Indian journal of veterinary science and animal husbandry - Volume 11,
Year: 1941
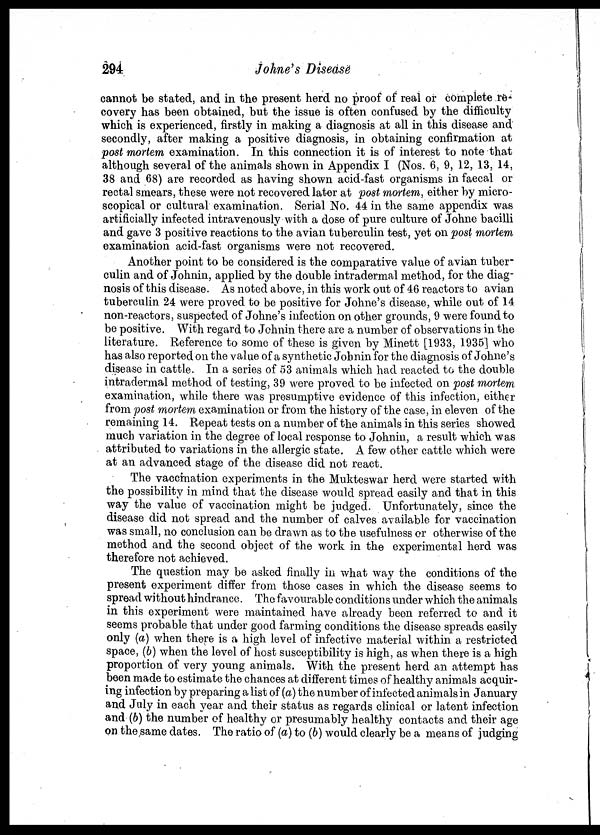
294
Johne's Disease
cannot be stated, and in the present herd no proof of real or complete re-
covery has been obtained, but the issue is often confused by the difficulty
which is experienced, firstly in making a diagnosis at all in this disease and
secondly, after making a positive diagnosis, in obtaining confirmation at
post mortem examination. In this connection it is of interest to note that
although several of the animals shown in Appendix I (Nos. 6, 9, 12, 13, 14,
38 and 68) are recorded as having shown acid-fast organisms in faecal or
rectal smears, these were not recovered later at post mortem, either by micro-
scopical or cultural examination. Serial No. 44 in the same appendix was
artificially infected intravenously with a dose of pure culture of Johne bacilli
and gave 3 positive reactions to the avian tuberculin test, yet on post mortem
examination acid-fast organisms were not recovered.
Another point to be considered is the comparative value of avian tuber-
culin and of Johnin, applied by the double intradermal method, for the diag-
nosis of this disease. As noted above, in this work out of 46 reactors to avian
tuberculin 24 were proved to be positive for Johne's disease, while out of 14
non-reactors, suspected of Johne's infection on other grounds, 9 were found to
be positive. With regard to Johnin there are a number of observations in the
literature. Reference to some of these is given by Minett [1933, 1935] who
has also reported on the value of a synthetic Johnin for the diagnosis of Johne's
disease in cattle. In a series of 53 animals which had reacted to the double
intradermal method of testing, 39 were proved to be infected on post mortem
examination, while there was presumptive evidence of this infection, either
from post mortem examination or from the history of the case, in eleven of the
remaining 14. Repeat tests on a number of the animals in this series showed
much variation in the degree of local response to Johnin, a result which was
attributed to variations in the allergic state. A few other cattle which were
at an advanced stage of the disease did not react.
The vaccination experiments in the Mukteswar herd were started with
the possibility in mind that the disease would spread easily and that in this
way the value of vaccination might be judged. Unfortunately, since the
disease did not spread and the number of calves available for vaccination
was small, no conclusion can be drawn as to the usefulness or otherwise of the
method and the second object of the work in the experimental herd was
therefore not achieved.
The question may be asked finally in what way the conditions of the
present experiment differ from those cases in which the disease seems to
spread without hindrance. The favourable conditions under which the animals
in this experiment were maintained have already been referred to and it
seems probable that under good farming conditions the disease spreads easily
only (a) when there is a high level of infective material within a restricted
space, (b) when the level of host susceptibility is high, as when there is a high
proportion of very young animals. With the present herd an attempt has
been made to estimate the chances at different times of healthy animals acquir-
ing infection by preparing a list of (a) the number of infected animals in January
and July in each year and their status as regards clinical or latent infection
and (b) the number of healthy or presumably healthy contacts and their age
on the same dates. The ratio of (a) to (b) would clearly be a means of judging